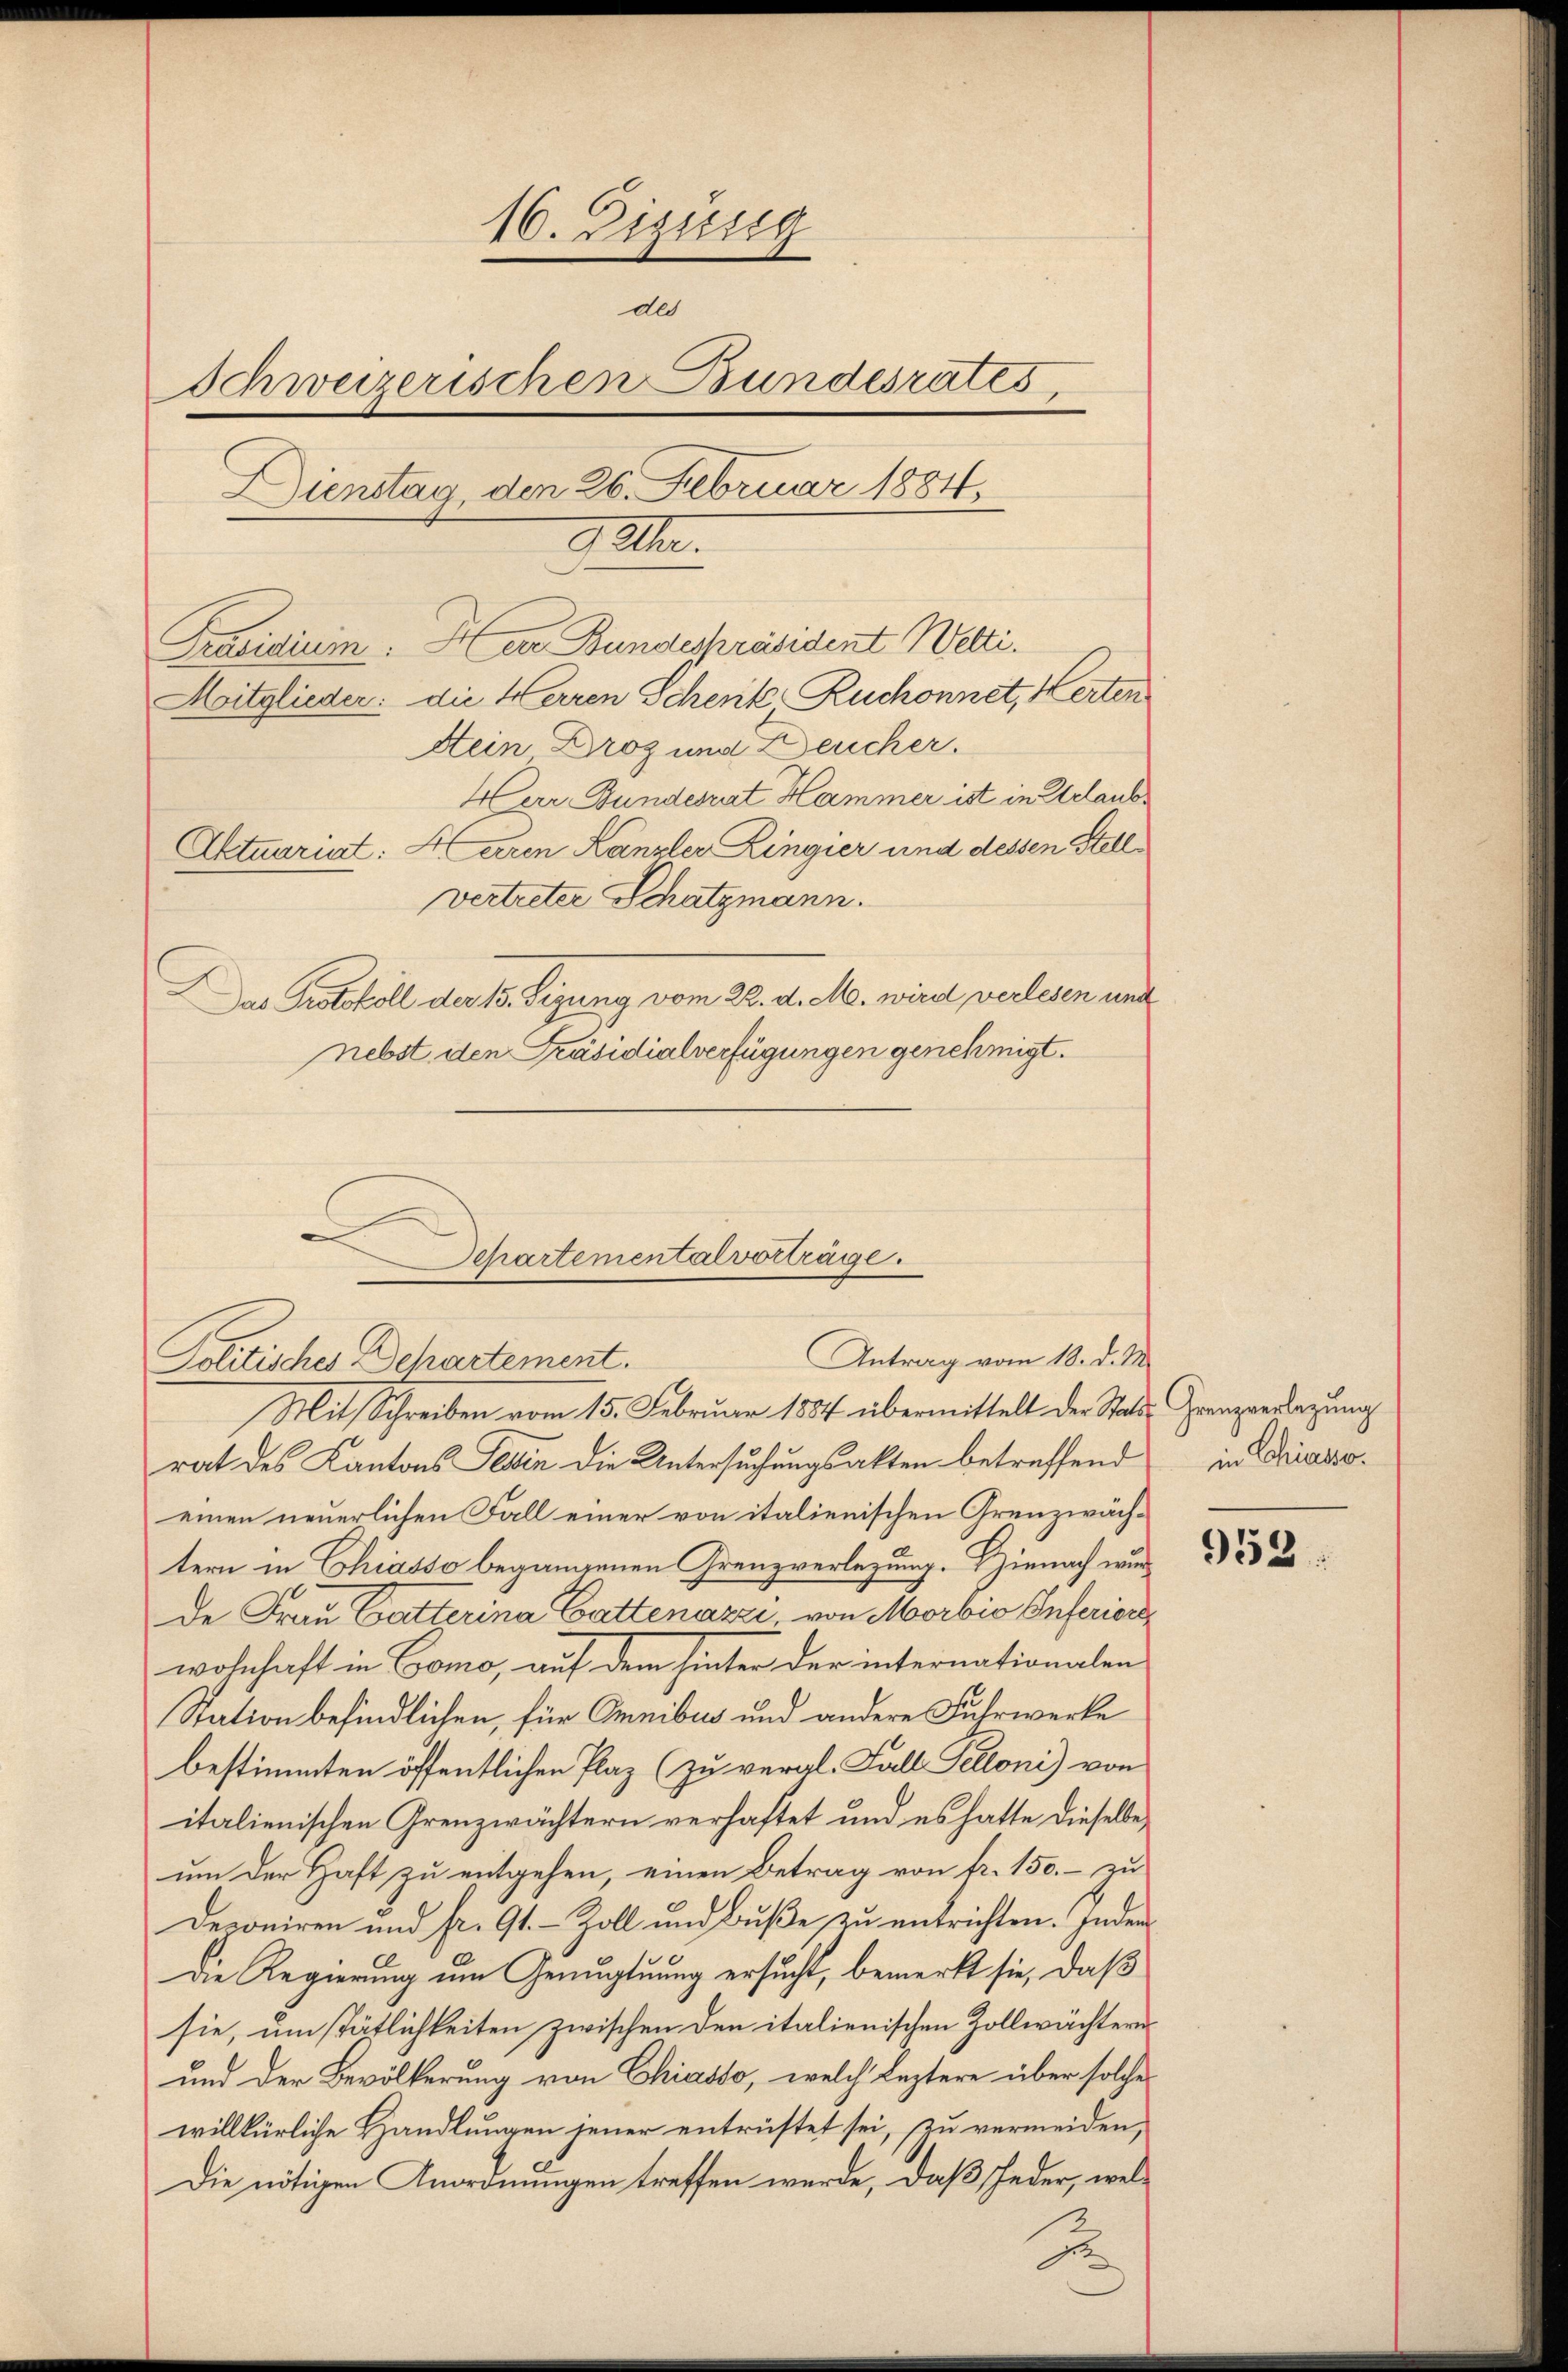
16. Dizung
de
Schweizerischen Bundesrates,
Dienstag, den 26. Februar 1884,
9 Uhr.
Präsidium. Herr Bundespräsident Welti.
Mitglieder: die Herren Schenk Ruchonnet, Herten
Stein Droz und Deucher.
Herr Bundesrat Hammer ist in Urlaubs
Aktuariat: Herren Kanzler Zingier und dessen Stellvertreter Schatzmann.
DDas Protokoll der 15. Sizung vom 22. d. M. wird verlesen und
nebst den Präsidialverfügungen genehmigt.

Departementalverträge.
Antrag vom 18. d. M.
Politisches Departement.

Mit Schreiben vom 15. Februar 1884 übermittelt der Stalde Grenzverlegung
rat des Kantons Sein die Untersuchungsakten betreffend in Chianoeinen neuerlichen Fall einer von italienischen Grenzwächtern in Chiasso begangenen Grenzverletzung. Hienach wurde Frau Gatterina Cattenazzi von Morbio Inferiere
wohnhaft in Como, auf dem hinter der internationalen
Station befindlichen, für Omnibus und andere Fuhrwerke
bestimmten öffentlichen Plaz (zu veral- Fall Pelloni) von
italienischen Grenzwächtern verhaftet und es hatte dieselbe,
um der Haft zu entgehen, einen Betrag von fr. 150.- zu
Deponiren und fr. 91. - Zoll und Buße zu entrichten. Indem
Die Regierung um Genugtuung ersucht, bemerkt sie, daß
sie, um stätlichkeiten zwischen den italienischen Zollwächtern
und der Bevölkerung von Chiasso, welch leztere über solche
willkürliche Handlungen jener entrüstet sei, zu vermeiden,
Die nötigen Anordnungen treffen werde, daß Jeder, wel¬
E

952.